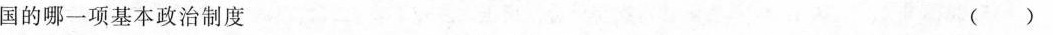
国的哪一项基本政治制度 ( )